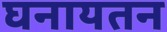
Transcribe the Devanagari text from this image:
घनायतन